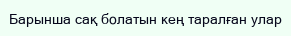
Барынша сақ болатын кең таралған улар